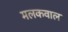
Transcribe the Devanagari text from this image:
मलकवाल